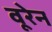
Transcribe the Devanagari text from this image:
वूरेन